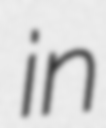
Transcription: in